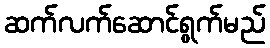
ဆက်လက်ဆောင်ရွက်မည်